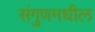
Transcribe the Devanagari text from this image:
संगुणमधील